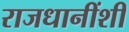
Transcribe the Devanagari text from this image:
राजधानींशी